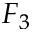
F _ { 3 }